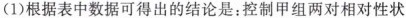
(1)根据表中数据可得出的结论是：控制甲组两对相对性状